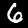
Label: 6